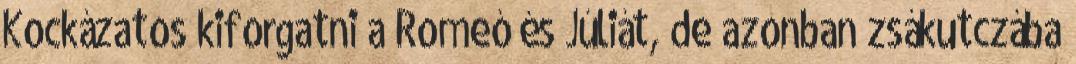
Kockázatos kiforgatni a Romeó és Júliát, de azonban zsákutczába